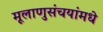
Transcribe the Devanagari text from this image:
मूलाणुसंचयांमधे